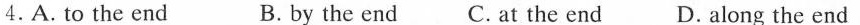
4.A.To the end B. by the end C. at the end D. along the end